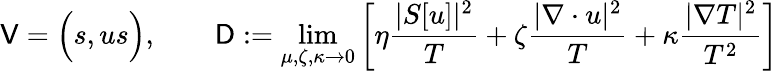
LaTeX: \mathsf{V}=\Big(s,us\Big),\qquad\mathsf{D}:=\operatorname*{lim}_{\mu,\zeta,\kappa\to 0}\left[\eta\frac{|S[u]|^{2}}{T}+\zeta\frac{|\nabla\cdot u|^{2}}{T}+\kappa\frac{|\nabla T|^{2}}{T^{2}}\right]